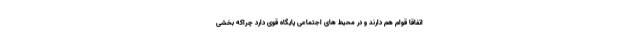
اتفاقا قوام هم دارند و در محیط های اجتماعی پایگاه قوی دارد چراکه بخشی